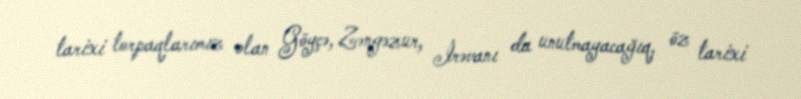
tarixi torpaqlarımız olan Göyçə, Zəngəzur, İrəvanı da unutmayacağıq, öz tarixi